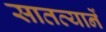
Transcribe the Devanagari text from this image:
सातत्यानें